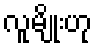
လူမျိုးဟု